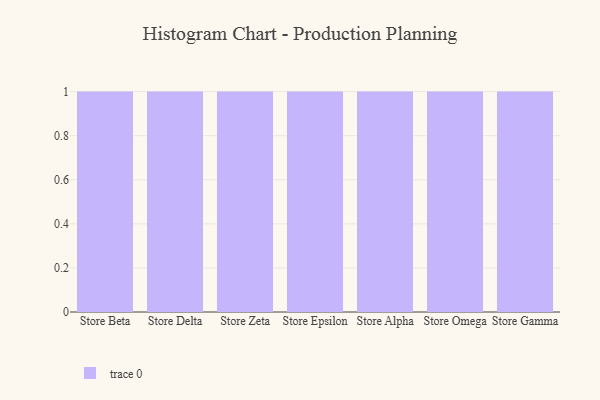
{"axis": {"x": "Store", "y": "Active Users"}, "legend": [""], "data": [{"x": "Store Beta", "y": 86, "type": ""}, {"x": "Store Delta", "y": 77, "type": ""}, {"x": "Store Zeta", "y": 52, "type": ""}, {"x": "Store Epsilon", "y": 98, "type": ""}, {"x": "Store Alpha", "y": 40, "type": ""}, {"x": "Store Omega", "y": 51, "type": ""}, {"x": "Store Gamma", "y": 28, "type": ""}]}